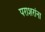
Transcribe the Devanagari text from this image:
पराशरांना